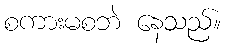
စကားမစဘဲ နေသည်။